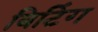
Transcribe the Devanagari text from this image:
बिटिंग